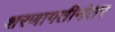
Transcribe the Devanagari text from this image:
शरणागतीनंतर